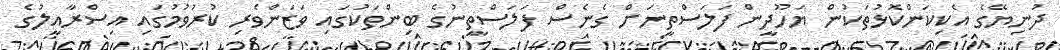
ދުނިޔޭގެ އެކިކަންކޮޅުތަކުން ޔަހޫދީން ފަލަސްތީނަށް ގެނެސް ފަލަސްތީނުގެ ބިންތަކުގައި ވަޒަންވެރި ކުރުވުމުގައި އިސްރާއީލުގެ